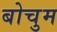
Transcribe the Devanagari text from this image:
बोचुम